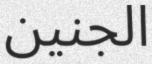
الجنين